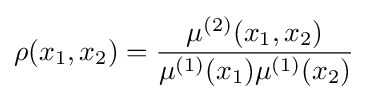
\rho (x_{1},x_{2})={\frac {\mu ^{(2)}(x_{1},x_{2})}{\mu ^{(1)}(x_{1})\mu ^{(1)}(x_{2})}}